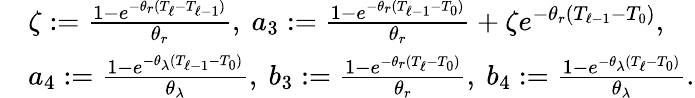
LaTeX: \begin{array}{rl}&{\zeta:=\frac{1-e^{-\theta_{r}(T_{\ell}-T_{\ell-1})}}{\theta_{r}},\ a_{3}:=\frac{1-e^{-\theta_{r}(T_{\ell-1}-T_{0})}}{\theta_{r}}+\zeta e^{-\theta_{r}(T_{\ell-1}-T_{0})},}\\ &{a_{4}:=\frac{1-e^{-\theta_{\lambda}(T_{\ell-1}-T_{0})}}{\theta_{\lambda}},\ b_{3}:=\frac{1-e^{-\theta_{r}(T_{\ell}-T_{0})}}{\theta_{r}},\ b_{4}:=\frac{1-e^{-\theta_{\lambda}(T_{\ell}-T_{0})}}{\theta_{\lambda}}.}\end{array}